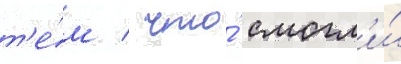
т'е́м / что́ смогл'и́